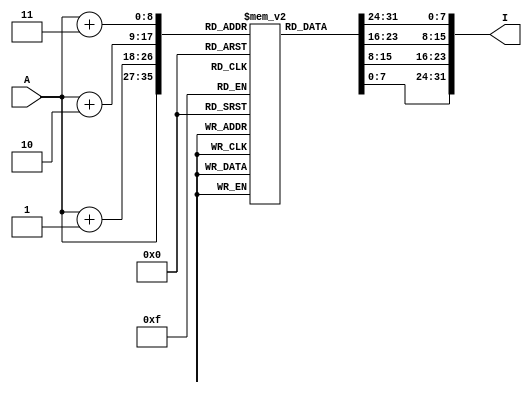
//INSTRUCTION MEMORY IMPLEMENTATION
module instruction_memory(output reg [31:0] I, input [8:0] A);
    reg [7:0] Mem[0:511]; // 512 localizaciones de 8 bits

    always @ (A) begin
        I <= {Mem[A+3], Mem[A+2], Mem[A+1], Mem[A]};
    end
endmodule